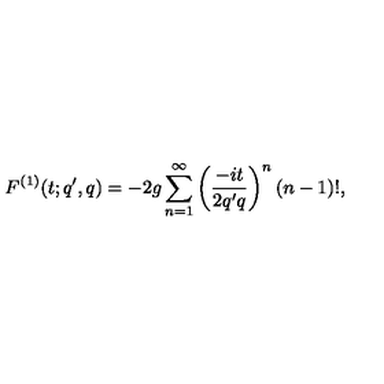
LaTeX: F ^ { ( 1 ) } ( t ; q ^ { \prime } , q ) = - 2 g \sum _ { n = 1 } ^ { \infty } \left( \frac { - i t } { 2 q ^ { \prime } q } \right) ^ { n } ( n - 1 ) ! ,